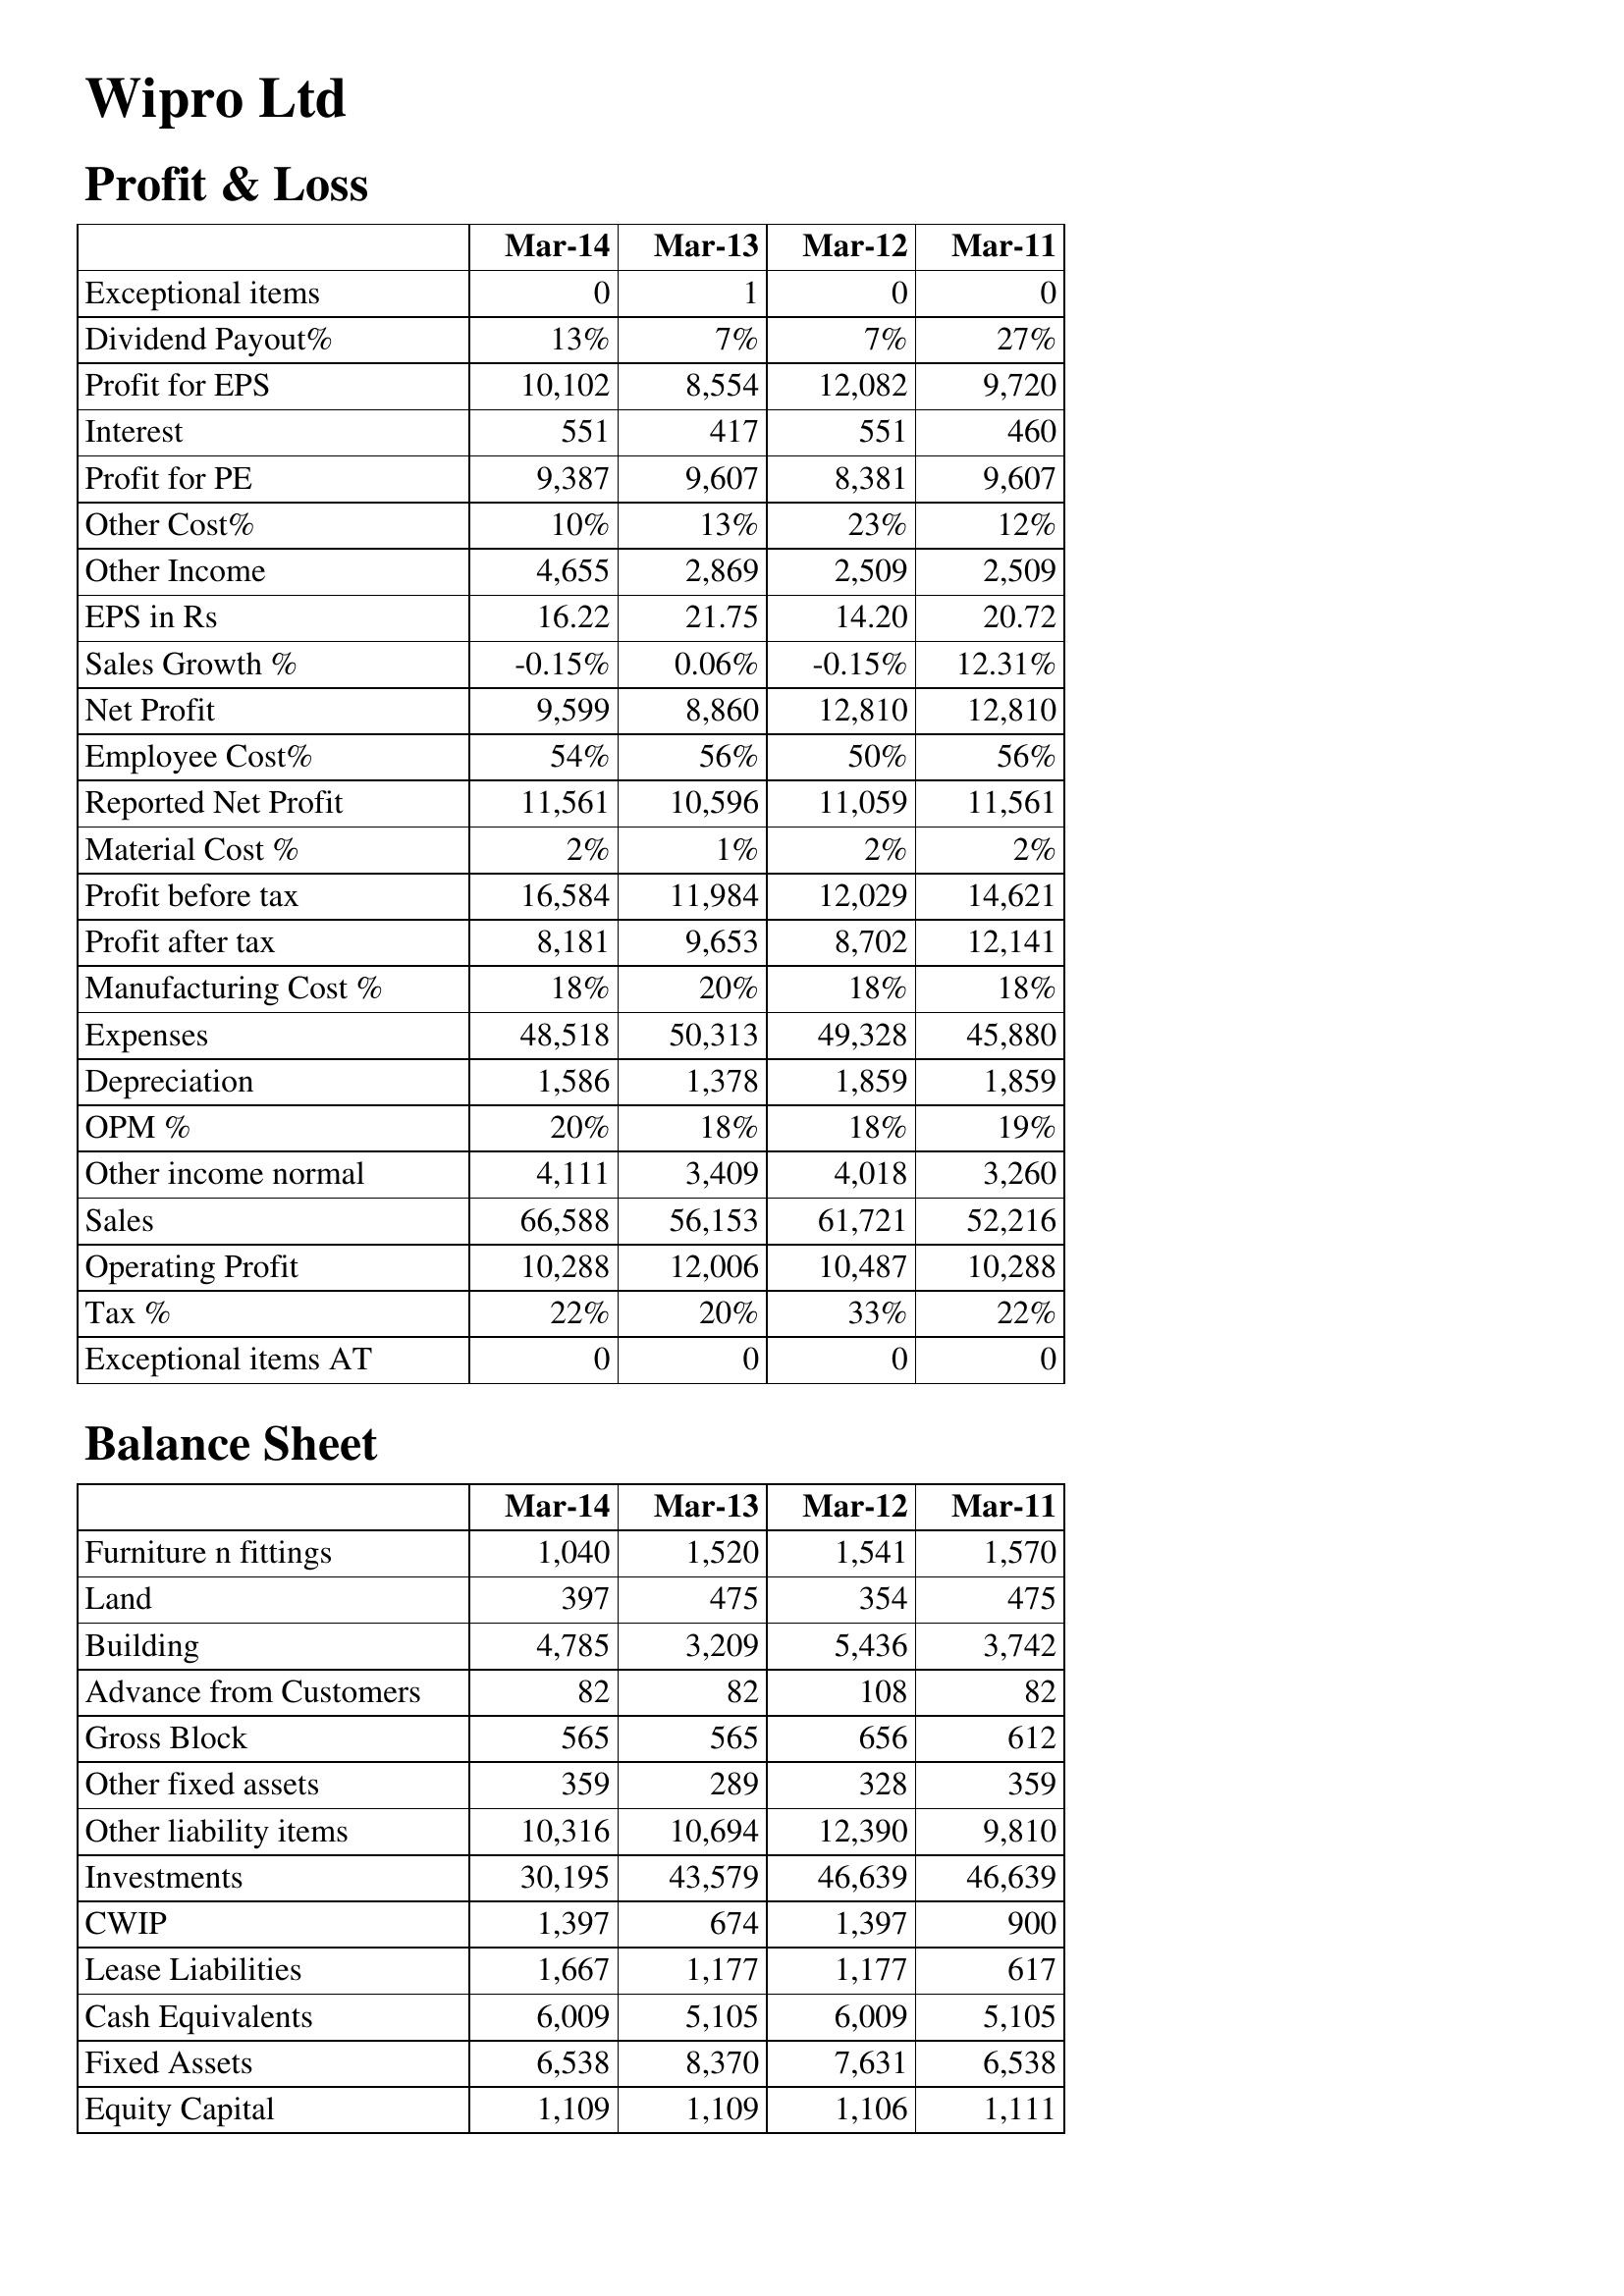
Mar-14: Profit & Loss: Exceptional items: 0
Dividend Payout%: 13%
Profit for EPS: 10,102
Interest: 551
Profit for PE: 9,387
Other Cost%: 10%
Other Income: 4,655
EPS in Rs: 16.22
Sales Growth %: -0.15%
Net Profit: 9,599
Employee Cost%: 54%
Reported Net Profit: 11,561
Material Cost %: 2%
Profit before tax: 16,584
Profit after tax: 8,181
Manufacturing Cost %: 18%
Expenses: 48,518
Depreciation: 1,586
OPM %: 20%
Other income normal: 4,111
Sales: 66,588
Operating Profit: 10,288
Tax %: 22%
Exceptional items AT: 0
Balance Sheet: Furniture n fittings: 1,040
Land: 397
Building: 4,785
Advance from Customers: 82
Gross Block: 565
Other fixed assets: 359
Other liability items: 10,316
Investments: 30,195
CWIP: 1,397
Lease Liabilities: 1,667
Cash Equivalents: 6,009
Fixed Assets: 6,538
Equity Capital: 1,109
Mar-13: Profit & Loss: Exceptional items: 1
Dividend Payout%: 7%
Profit for EPS: 8,554
Interest: 417
Profit for PE: 9,607
Other Cost%: 13%
Other Income: 2,869
EPS in Rs: 21.75
Sales Growth %: 0.06%
Net Profit: 8,860
Employee Cost%: 56%
Reported Net Profit: 10,596
Material Cost %: 1%
Profit before tax: 11,984
Profit after tax: 9,653
Manufacturing Cost %: 20%
Expenses: 50,313
Depreciation: 1,378
OPM %: 18%
Other income normal: 3,409
Sales: 56,153
Operating Profit: 12,006
Tax %: 20%
Exceptional items AT: 0
Balance Sheet: Furniture n fittings: 1,520
Land: 475
Building: 3,209
Advance from Customers: 82
Gross Block: 565
Other fixed assets: 289
Other liability items: 10,694
Investments: 43,579
CWIP: 674
Lease Liabilities: 1,177
Cash Equivalents: 5,105
Fixed Assets: 8,370
Equity Capital: 1,109
Mar-12: Profit & Loss: Exceptional items: 0
Dividend Payout%: 7%
Profit for EPS: 12,082
Interest: 551
Profit for PE: 8,381
Other Cost%: 23%
Other Income: 2,509
EPS in Rs: 14.20
Sales Growth %: -0.15%
Net Profit: 12,810
Employee Cost%: 50%
Reported Net Profit: 11,059
Material Cost %: 2%
Profit before tax: 12,029
Profit after tax: 8,702
Manufacturing Cost %: 18%
Expenses: 49,328
Depreciation: 1,859
OPM %: 18%
Other income normal: 4,018
Sales: 61,721
Operating Profit: 10,487
Tax %: 33%
Exceptional items AT: 0
Balance Sheet: Furniture n fittings: 1,541
Land: 354
Building: 5,436
Advance from Customers: 108
Gross Block: 656
Other fixed assets: 328
Other liability items: 12,390
Investments: 46,639
CWIP: 1,397
Lease Liabilities: 1,177
Cash Equivalents: 6,009
Fixed Assets: 7,631
Equity Capital: 1,106
Mar-11: Profit & Loss: Exceptional items: 0
Dividend Payout%: 27%
Profit for EPS: 9,720
Interest: 460
Profit for PE: 9,607
Other Cost%: 12%
Other Income: 2,509
EPS in Rs: 20.72
Sales Growth %: 12.31%
Net Profit: 12,810
Employee Cost%: 56%
Reported Net Profit: 11,561
Material Cost %: 2%
Profit before tax: 14,621
Profit after tax: 12,141
Manufacturing Cost %: 18%
Expenses: 45,880
Depreciation: 1,859
OPM %: 19%
Other income normal: 3,260
Sales: 52,216
Operating Profit: 10,288
Tax %: 22%
Exceptional items AT: 0
Balance Sheet: Furniture n fittings: 1,570
Land: 475
Building: 3,742
Advance from Customers: 82
Gross Block: 612
Other fixed assets: 359
Other liability items: 9,810
Investments: 46,639
CWIP: 900
Lease Liabilities: 617
Cash Equivalents: 5,105
Fixed Assets: 6,538
Equity Capital: 1,111